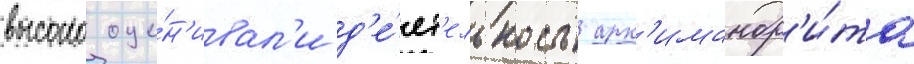
высоко оце́н'ивал'и д'е́ят'ельность арх'имандр'и́та